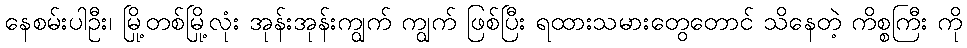
နေစမ်းပါဦး၊ မြို့တစ်မြို့လုံး အုန်းအုန်းကျွက် ကျွက် ဖြစ်ပြီး ရထားသမားတွေတောင် သိနေတဲ့ ကိစ္စကြီး ကို